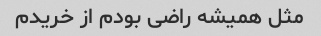
مثل همیشه راضی بودم از خریدم